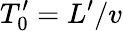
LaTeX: T_{0}^{\prime}=L^{\prime}/v